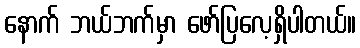
နောက် ဘယ်ဘက်မှာ ဖော်ပြလေ့ရှိပါတယ်။